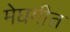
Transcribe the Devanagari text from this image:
मेघगीत